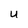
Character: U